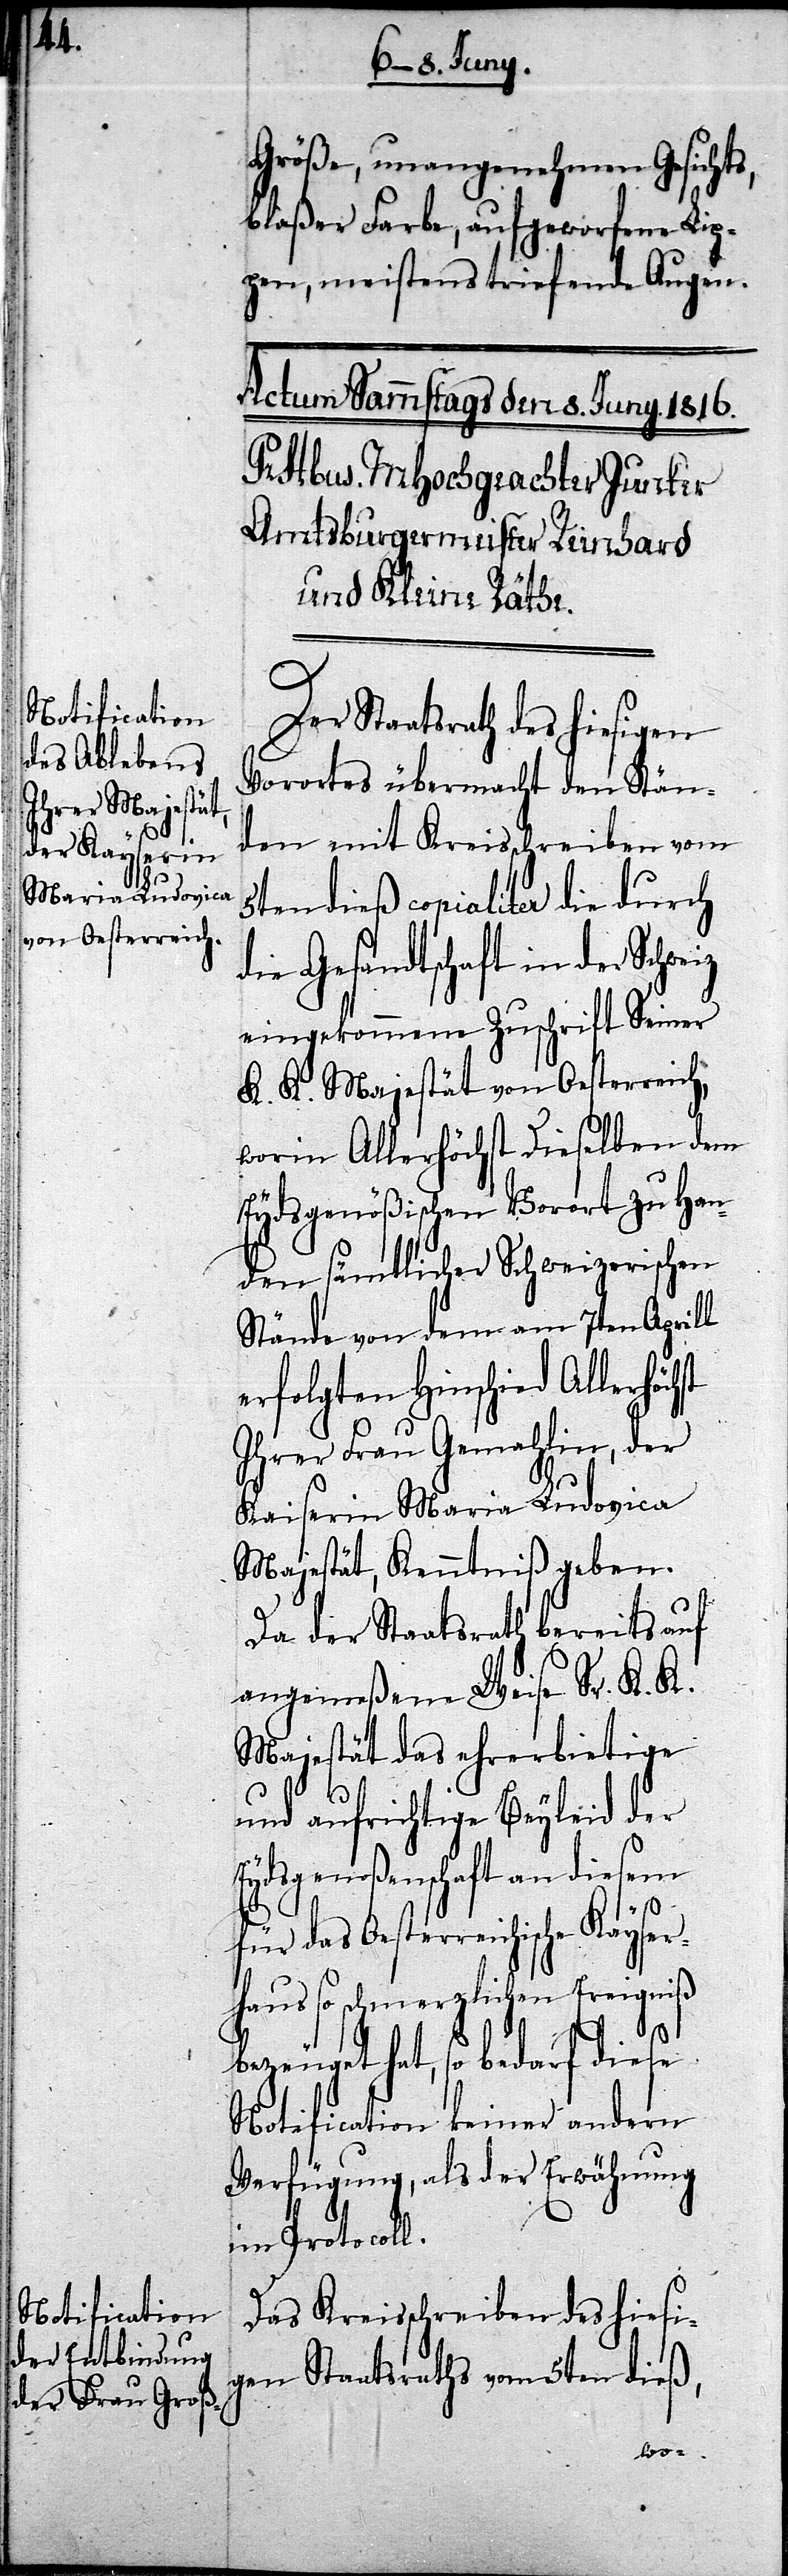
Größe, unangenehmen Gesichts,
blaßer Farbe, aufgeworfene Lip¬
pen, meistens triefende Augen.
Der Staatsrath des hiesigen
Vorortes übermacht den Stän¬
den mit Kreisschreiben vom
5ten dieß copialiter die durch
die Gesandtschaft in der Schwe¬
eingekommene Zuschrift Seiner
K. K. Majestät von Oesterreich,
worin Allerhöchst Dieselben dem
Eydsgenößischen Vorort zu Han¬
den sämtlicher Schweizerischen
Stände von dem am 7ten Aprill
erfolgten Hinschied Allerhöc¬
Ihrer Frau Gemahlin, der
Kaiserin Maria Ludovica
Majestät, Kenntniß gegeben.
Da der Staatsrath bereits auf
angemeßene Weise Sr. K. K.
Majestät das ehrerbietige
und aufrichtige Beyleid der
Eydsgenoßenschaft an diesem
für das Oesterreichische Kayser¬
haus so schmerzlichen Ereigniß
hst
bezeugt hat, so bedarf diese
Notification keiner andern
Verfügung, als der Erwähnung
im Protocoll.
Das Kreisschreiben des hiesi¬
gen Staatsraths vom 5ten dieß,